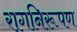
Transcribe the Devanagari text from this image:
रागनिरूपण